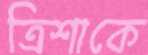
ত্রিশাকে